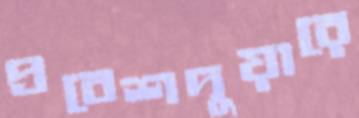
প্রবেশদুয়ারে